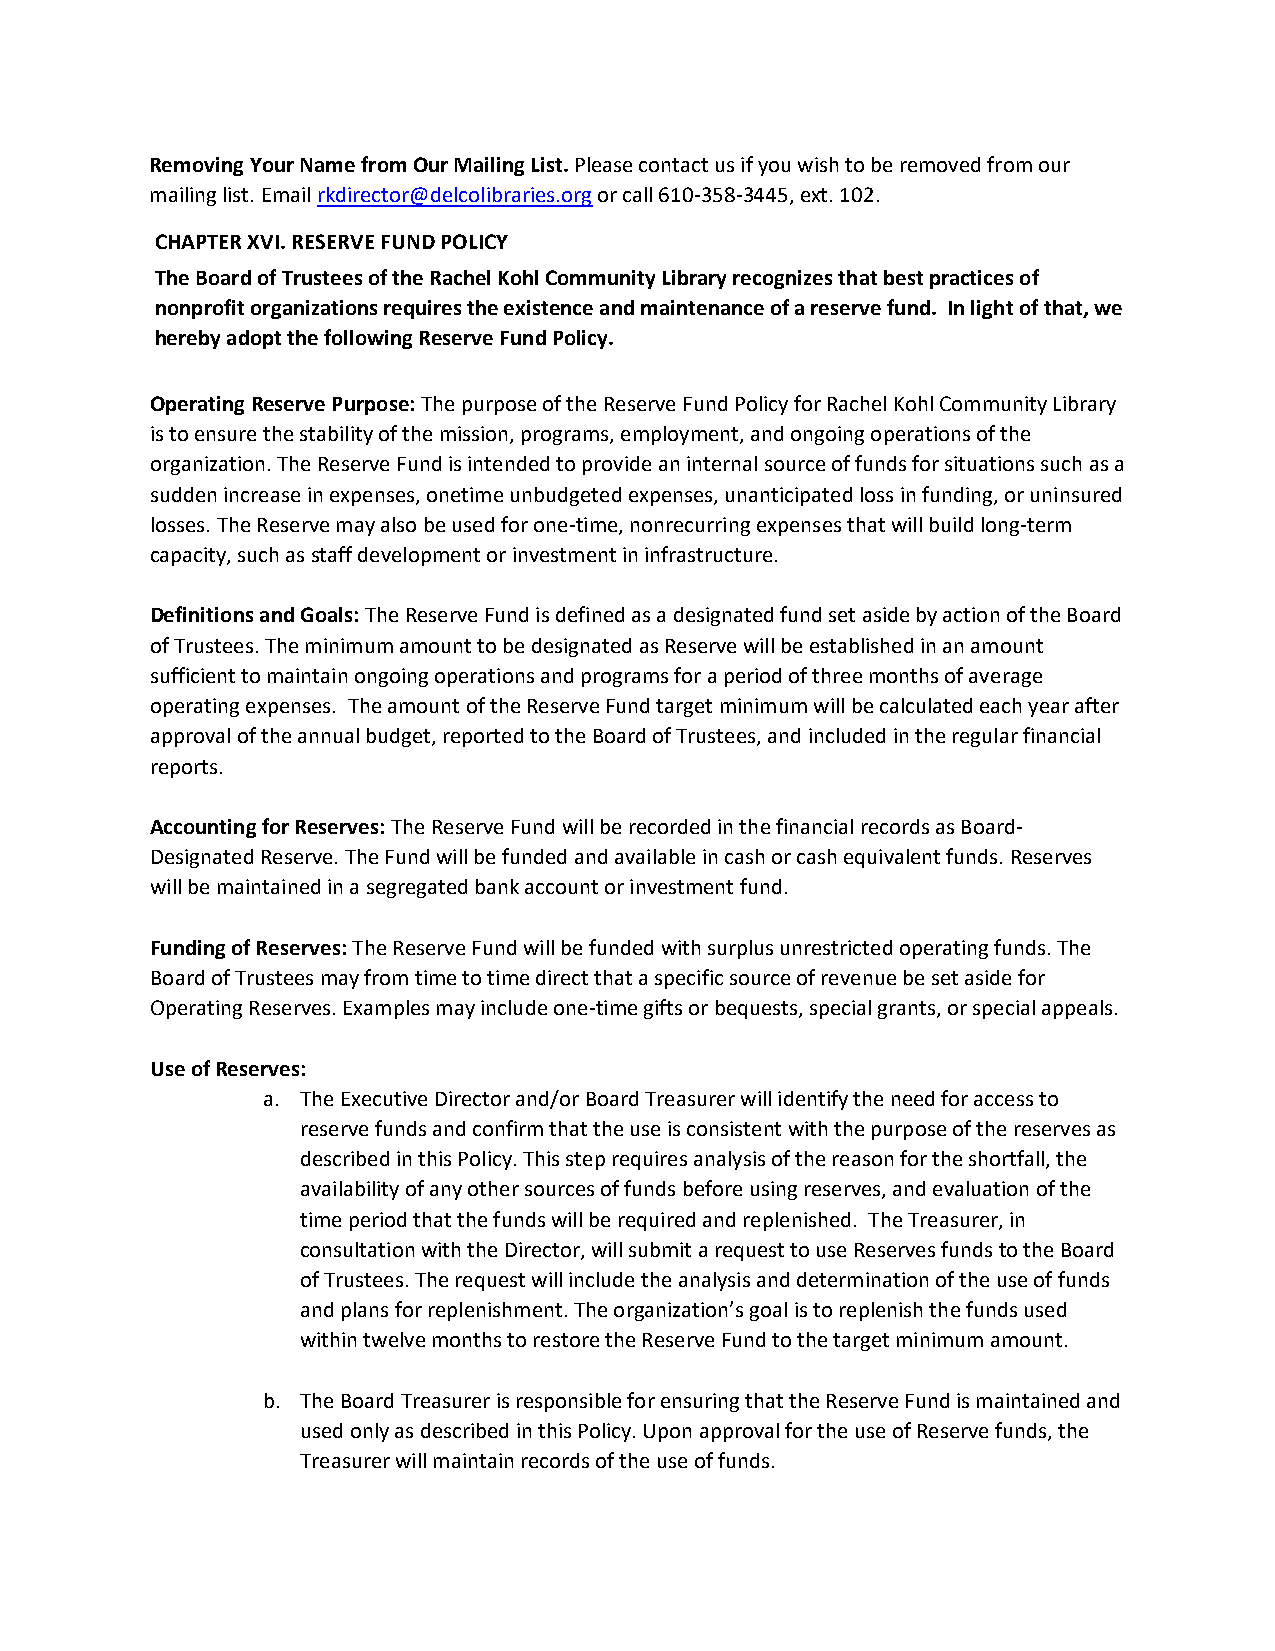
Removing Your Name from Our Mailing List. Please contact us if you wish to be removed from our
 mailing list. Email rkdirector@delcolibraries.org or call 610-358-3445, ext. 102.
 CHAPTER XVI. RESERVE FUND POLICY
 The Board of Trustees of the Rachel Kohl Community Library recognizes that best practices of
 nonprofit organizations requires the existence and maintenance of a reserve fund. In light of that, we
 hereby adopt the following Reserve Fund Policy.
 Operating Reserve Purpose: The purpose of the Reserve Fund Policy for Rachel Kohl Community Library
 is to ensure the stability of the mission, programs, employment, and ongoing operations of the
 organization. The Reserve Fund is intended to provide an internal source of funds for situations such as a
 sudden increase in expenses, onetime unbudgeted expenses, unanticipated loss in funding, or uninsured
 losses. The Reserve may also be used for one-time, nonrecurring expenses that will build long-term
 capacity, such as staff development or investment in infrastructure.
 Definitions and Goals: The Reserve Fund is defined as a designated fund set aside by action of the Board
 of Trustees. The minimum amount to be designated as Reserve will be established in an amount
 sufficient to maintain ongoing operations and programs for a period of three months of average
 operating expenses. The amount of the Reserve Fund target minimum will be calculated each year after
 approval of the annual budget, reported to the Board of Trustees, and included in the regular financial
 reports.
 Accounting for Reserves: The Reserve Fund will be recorded in the financial records as Board-
 Designated Reserve. The Fund will be funded and available in cash or cash equivalent funds. Reserves
 will be maintained in a segregated bank account or investment fund.
 Funding of Reserves: The Reserve Fund will be funded with surplus unrestricted operating funds. The
 Board of Trustees may from time to time direct that a specific source of revenue be set aside for
 Operating Reserves. Examples may include one-time gifts or bequests, special grants, or special appeals.
 Use of Reserves:
 a. The Executive Director and/or Board Treasurer will identify the need for access to
 reserve funds and confirm that the use is consistent with the purpose of the reserves as
 described in this Policy. This step requires analysis of the reason for the shortfall, the
 availability of any other sources of funds before using reserves, and evaluation of the
 time period that the funds will be required and replenished. The Treasurer, in
 consultation with the Director, will submit a request to use Reserves funds to the Board
 of Trustees. The request will include the analysis and determination of the use of funds
 and plans for replenishment. The organization’s goal is to replenish the funds used
 within twelve months to restore the Reserve Fund to the target minimum amount.
 b. The Board Treasurer is responsible for ensuring that the Reserve Fund is maintained and
 used only as described in this Policy. Upon approval for the use of Reserve funds, the
 Treasurer will maintain records of the use of funds.